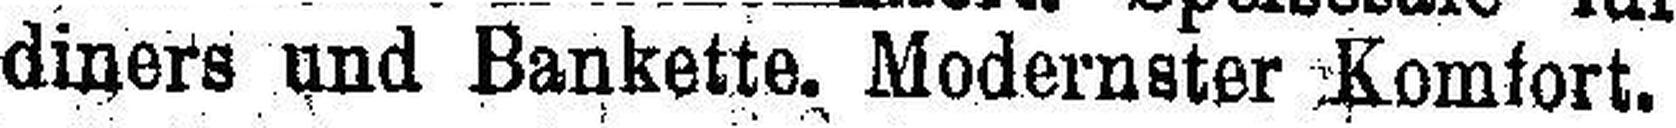
diners und Bankette. Modernster Komfort.